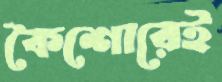
কৈশোরেই